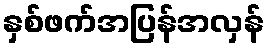
နှစ်ဖက်အပြန်အလှန်